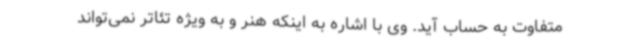
متفاوت به حساب آید. وی با اشاره به اینکه هنر و به ویژه تئاتر نمی‌تواند